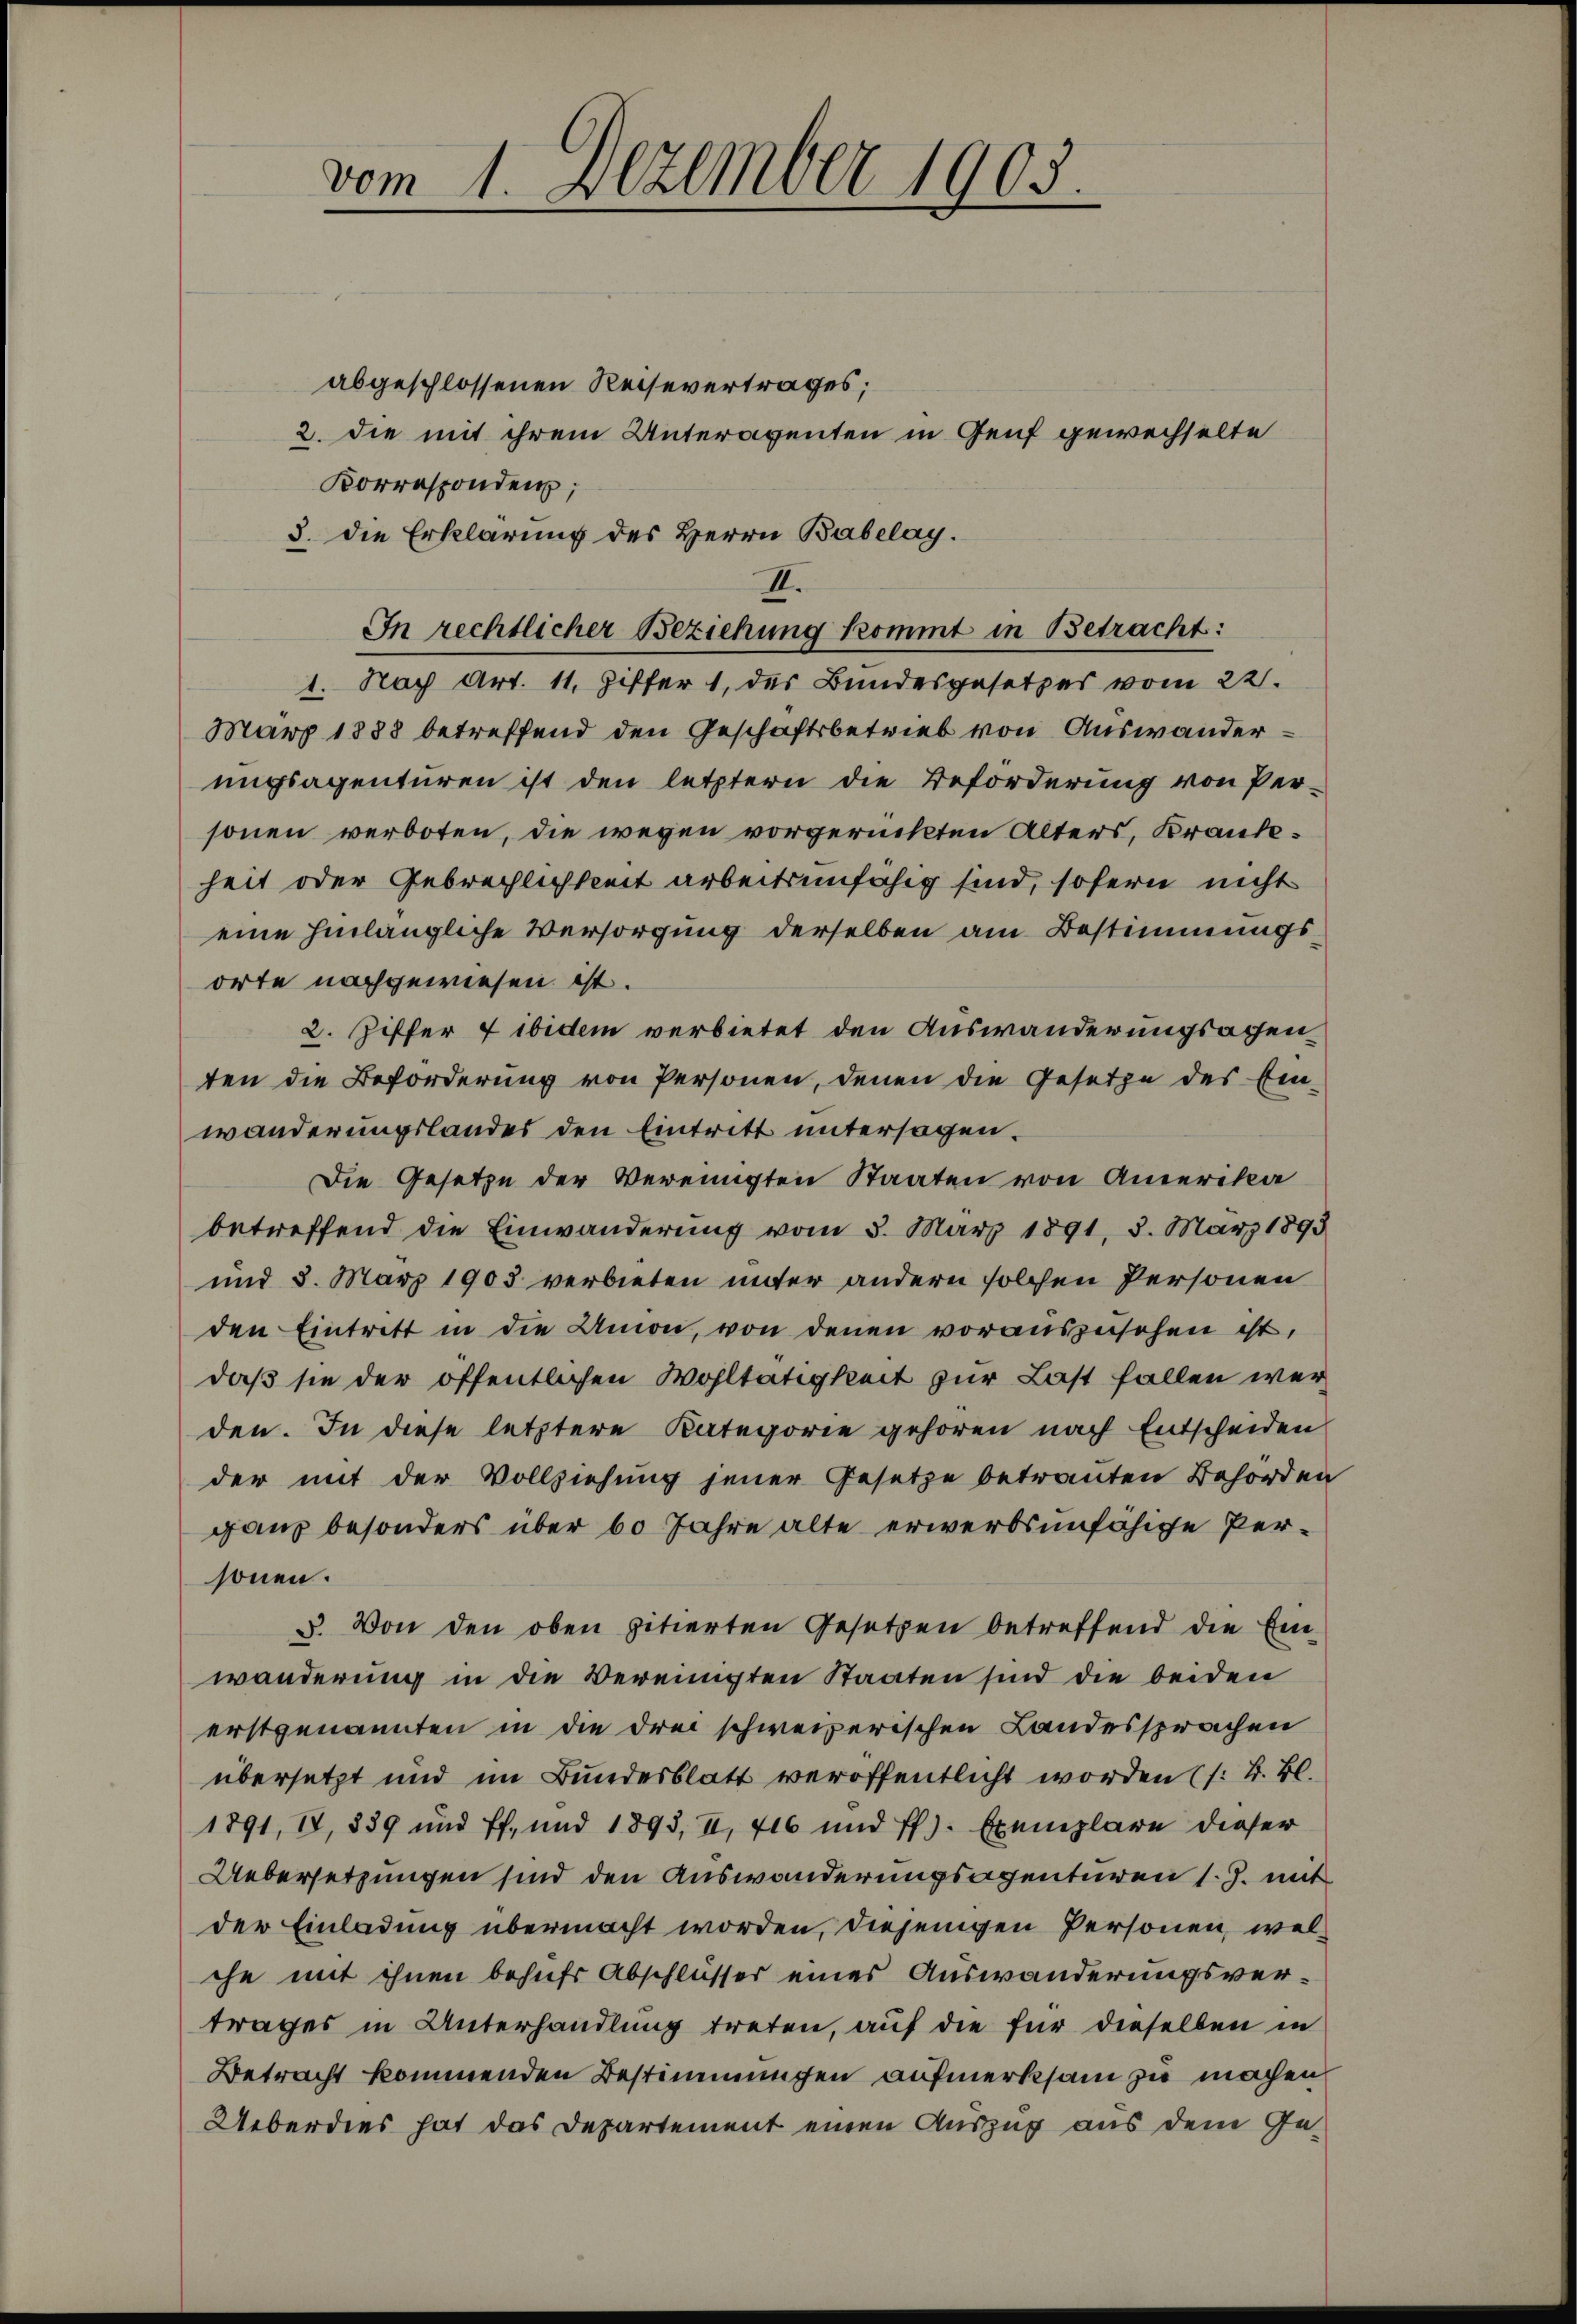
vom 1. Dezember 1903.

abgeschlossenen Reisevertrages;
2. die mit ihrem Unteragenten in Genf gewechselte
Korresponden,
3. die Erklärung des Herrn Babelay.
1. Nach Art. 11, Ziffer 1, des Bundesgesetzes vom 22.
März 1888 betreffend den Geschäftsbetrieb von Auswanderungsagenturen ist den letztern die Beförderung von Per-
sonen verboten, die wegen vorgerückten Alters, Krankeheit oder Gebrechlichkeit arbeitsunfähig sind, sofern nicht
eine hinlängliche Versorgung derselben am Bestimmungsorte nachgewiesen ist.
2. Ziffer 7 ibidem verbietet den Auswanderungsachen
ten die Beförderung von Personen, denen die Gesetze des Ein-
wanderungslandes den Eintritt untersagen.
Die Gesetze der Vereinigten Staaten von Amerika
betreffend die Einwanderung vom 3. März 1891, 3. März 1893
und 3. März 1903 verbieten unter andern solchen Personen
den Eintritt in die Amon, von denen vorauszusehen ist,
daß sie der öffentlichen Wohltätigkeit zur Last fallen werden. In diese letztere Kategorie gehören nach Entscheiden
der mit der Vollziehung jener Gesetze betrauten Behörden
ganz besonders über 60 Jahre alte erwerbsunfähige Personen.
3. Von den oben zitierten Gesetzen betreffend die Einwänderung in die Vereinigten Staaten sind die beiden
erstgenannten in die drei schweizerischen Landessprachen
übersetzt und im Bundesblatt veröffentlicht worden (s. B. Bl.
1891, IV, 889 und ff. und 1893, II, 416 und ff.). Exemplare dieser
Uebersetzungen sind den Auswanderungsagenturen s. Z. mit
der Einladung übermacht worden, diejenigen Personen, welche mit ihnen behufs Abschlüsser eines Auswanderungsvertrages in Unterhandlung treten, auf die für dieselben in
Betracht kommenden Bestimmungen aufmerksam zu machen
Ueberdies hat das Departement einen Auszug aus dem Ge¬

II.
In rechtlicher Beziehung kommt in Betracht: